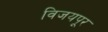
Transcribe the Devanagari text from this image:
विजयपूर